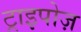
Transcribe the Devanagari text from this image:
ट्राइपोज़